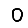
Digit: 0